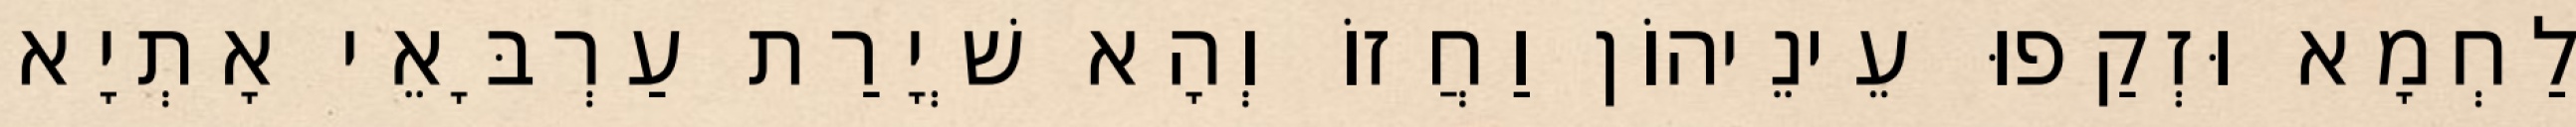
לַחְמָא וּזְקַפוּ עֵינֵיהוֹן וַחֲזוֹ וְהָא שְׁיָרַת עַרְבָּאֵי אָתְיָא